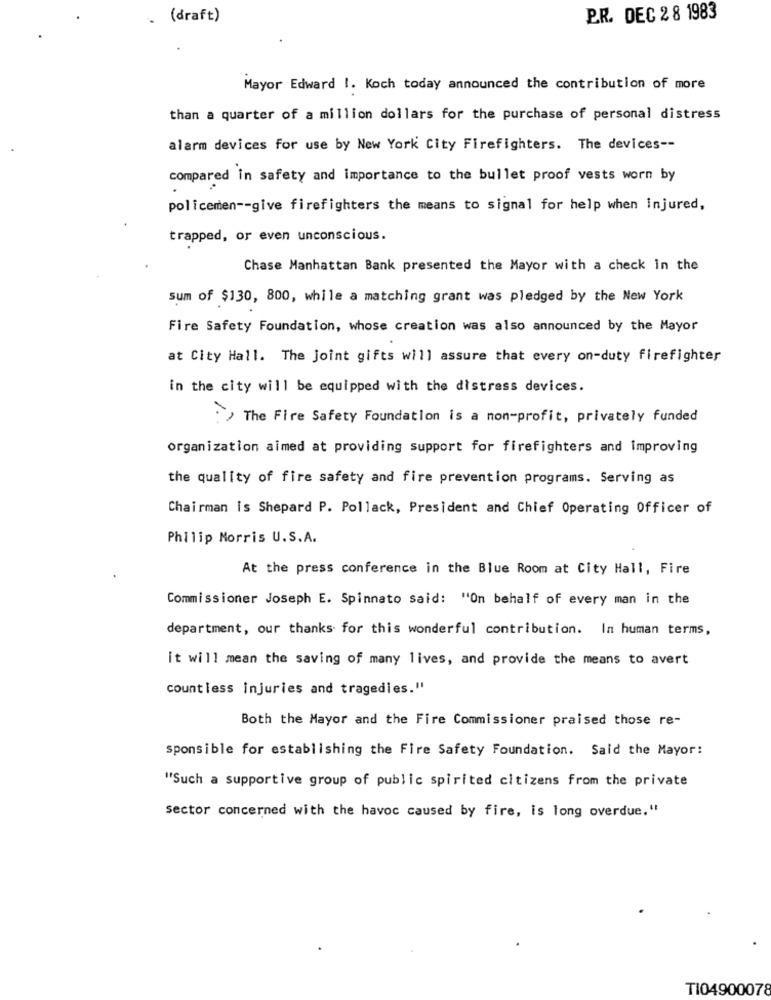
. (draft)
P.R. DEC 2 8 1983
Mayor Edward I. Koch today announced the contribution of more
than a quarter of a million dollars for the purchase of personal distress
alarm devices for use by New York City Firefighters. The devices --
compared in safety and importance to the bullet proof vests worn by
policemen -- give firefighters the means to signal for help when Injured,
trapped, or even unconscious.
Chase Manhattan Bank presented the Mayor with a check in the
sum of $130, 800, while a matching grant was pledged by the New York
Fire Safety Foundation, whose creation was also announced by the Mayor
at City Hall. The Joint gifts will assure that every on-duty firefighter
in the city will be equipped with the distress devices.
: > The Fire Safety Foundation is a non-profit, privately funded
organization aimed at providing support for firefighters and improving
the quality of fire safety and fire prevention programs. Serving as
Chairman is Shepard P. Pollack, President and Chief Operating Officer of
Philip Morris U.S.A.
At the press conference in the Blue Room at City Hall, Fire
Commissioner Joseph E. Spinnato said: "On behalf of every man in the
department, our thanks for this wonderful contribution. In human terms,
it will mean the saving of many lives, and provide the means to avert
countless injuries and tragedies."
Both the Mayor and the Fire Commissioner praised those re-
sponsible for establishing the Fire Safety Foundation. Said the Mayor:
"Such a supportive group of public spirited citizens from the private
sector concerned with the havoc caused by fire, is long overdue."
TI04900078